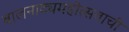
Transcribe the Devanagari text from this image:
बालनाट्यमहोत्सवाची